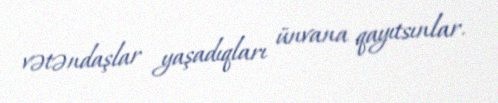
vətəndaşlar yaşadıqları ünvana qayıtsınlar.